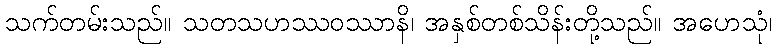
သက်တမ်းသည်။ သတသဟဿဝဿာနိ၊ အနှစ်တစ်သိန်းတို့သည်။ အဟေသုံ၊